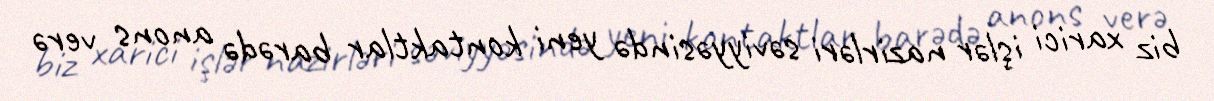
biz xarici işlər nazirləri səviyyəsində yeni kontaktlar barədə anons verə